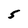
Character: 5